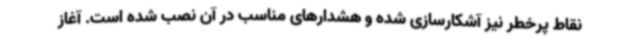
نقاط پرخطر نیز آشکارسازی شده و هشدارهای مناسب در آن نصب شده است. آغاز